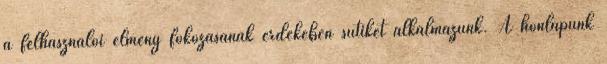
a felhasználói élmény fokozásának érdekében sütiket alkalmazunk. A honlapunk